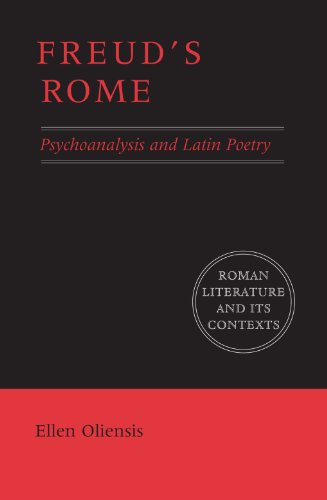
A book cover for Freud's Rome: Psychoanalysis and Latin Poetry (Roman Literature and its Contexts); Ellen Oliensis; Literature & Fiction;